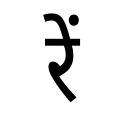
OCR:
रें